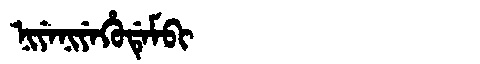
Manchu: ᠨᡳᠶᡝᠨᡳᠶᡝᡥᡠᡩᡝᠮᠪᡳ
Romanization: NIYENIYEHUDEMBI